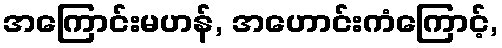
အကြောင်းမဟန်, အဟောင်းကံကြောင့်,